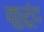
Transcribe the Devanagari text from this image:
कुरूंद